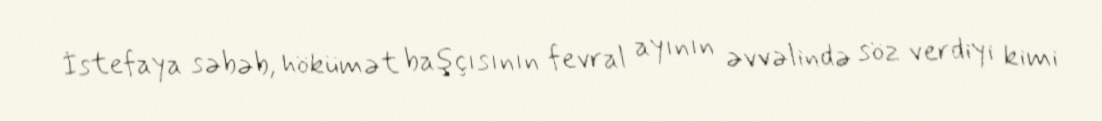
İstefaya səbəb, hökümət başçısının fevral ayının əvvəlində söz verdiyi kimi